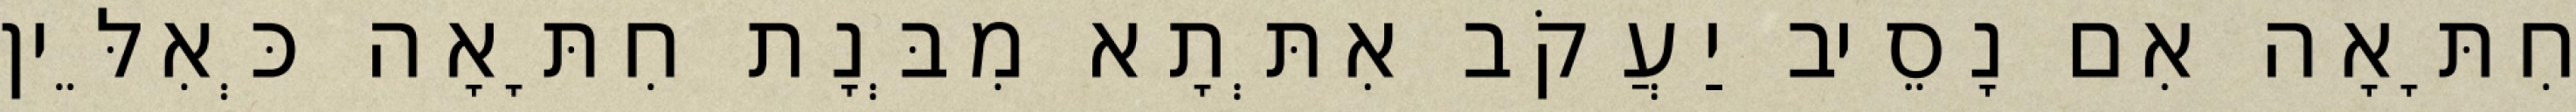
חִתָּאָה אִם נָסֵיב יַעֲקֹב אִתְּתָא מִבְּנָת חִתָּאָה כְּאִלֵּין